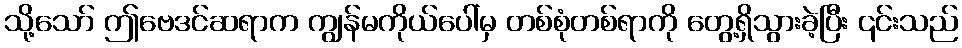
သို့သော် ဤဗေဒင်ဆရာက ကျွန်မကိုယ်ပေါ်မှ တစ်စုံတစ်ရာကို တွေ့ရှိသွားခဲ့ပြီး ၎င်းသည်